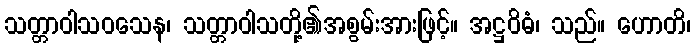
သတ္တာဝါသဝသေန၊ သတ္တာဝါသတို့၏အစွမ်းအားဖြင့်။ အဋ္ဌဝိဓံ၊ သည်။ ဟောတိ၊